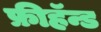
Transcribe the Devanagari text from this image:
फ्रीहॅन्ड